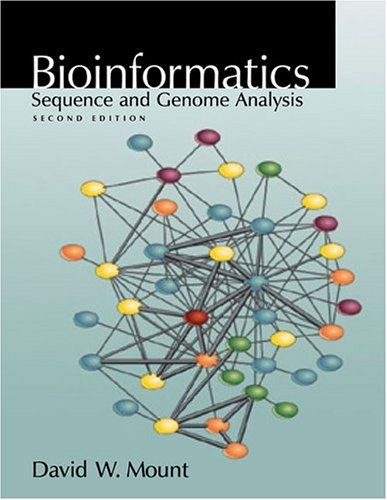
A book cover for Bioinformatics: Sequence and Genome Analysis (Mount, Bioinformatics); David Mount; Computers & Technology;